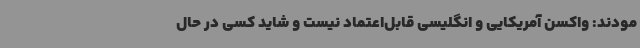
مودند: واکسن آمریکایی و انگلیسی قابل‌اعتماد نیست و شاید کسی در حال